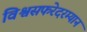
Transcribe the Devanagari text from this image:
विश्वसफरेदरम्यान